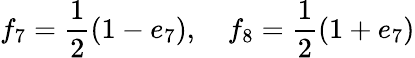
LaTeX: f_{7}=\frac{1}{2}(1-e_{7}),~~~~f_{8}=\frac{1}{2}(1+e_{7})